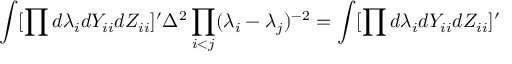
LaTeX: \int [ \prod d \lambda _ { i } d Y _ { i i } d Z _ { i i } ] ^ { \prime } \Delta ^ { 2 } \prod _ { i < j } ( \lambda _ { i } - \lambda _ { j } ) ^ { - 2 } = \int [ \prod d \lambda _ { i } d Y _ { i i } d Z _ { i i } ] ^ { \prime }